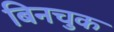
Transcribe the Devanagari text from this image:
बिनचुक